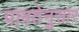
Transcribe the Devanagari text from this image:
पात्रतेनुसार